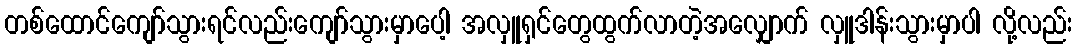
တစ်ထောင်ကျော်သွားရင်လည်းကျော်သွားမှာပေါ့ အလှူရှင်တွေထွက်လာတဲ့အလျှောက် လှူဒါန်းသွားမှာပါ လို့လည်း